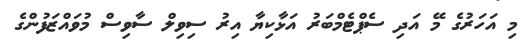
މި އަހަރުގެ މޭ އަދި ސެޕްޓެމްބަރު އަޅާކިޔާ އިރު ސިވިލް ސާވިސް މުވައްޒަފުންގެ